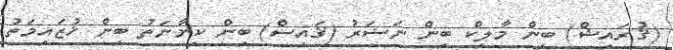
(ޤުރައިޝް) ބިން މާލިކް ބިން ނަޟަރު (ޤައިސް) ބިން ކިނާނަތު ބިން ޚުޒައިމަތު